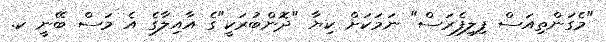
"މެގަންތިއަސް ފިލިފެރަސް" ނަމަކަށް ކިޔާ "ދޮންބުރަކީ"ގެ އާއިލާގެ އެ މަސް ބޭނީ ކ.